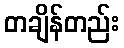
တချိန်တည်း